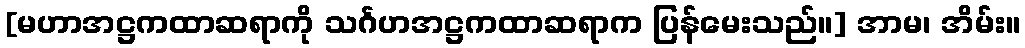
[မဟာအဋ္ဌကထာဆရာကို သင်္ဂဟအဋ္ဌကထာဆရာက ပြန်မေးသည်။] အာမ၊ အိမ်း။